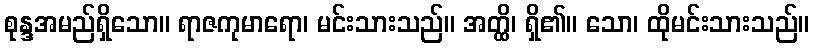
စုန္ဒအမည်ရှိသော။ ရာဇကုမာရော၊ မင်းသားသည်။ အတ္ထိ၊ ရှိ၏။ သော၊ ထိုမင်းသားသည်။